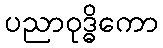
ပညာဝုဒ္ဓိကော